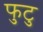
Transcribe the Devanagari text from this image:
फुटु